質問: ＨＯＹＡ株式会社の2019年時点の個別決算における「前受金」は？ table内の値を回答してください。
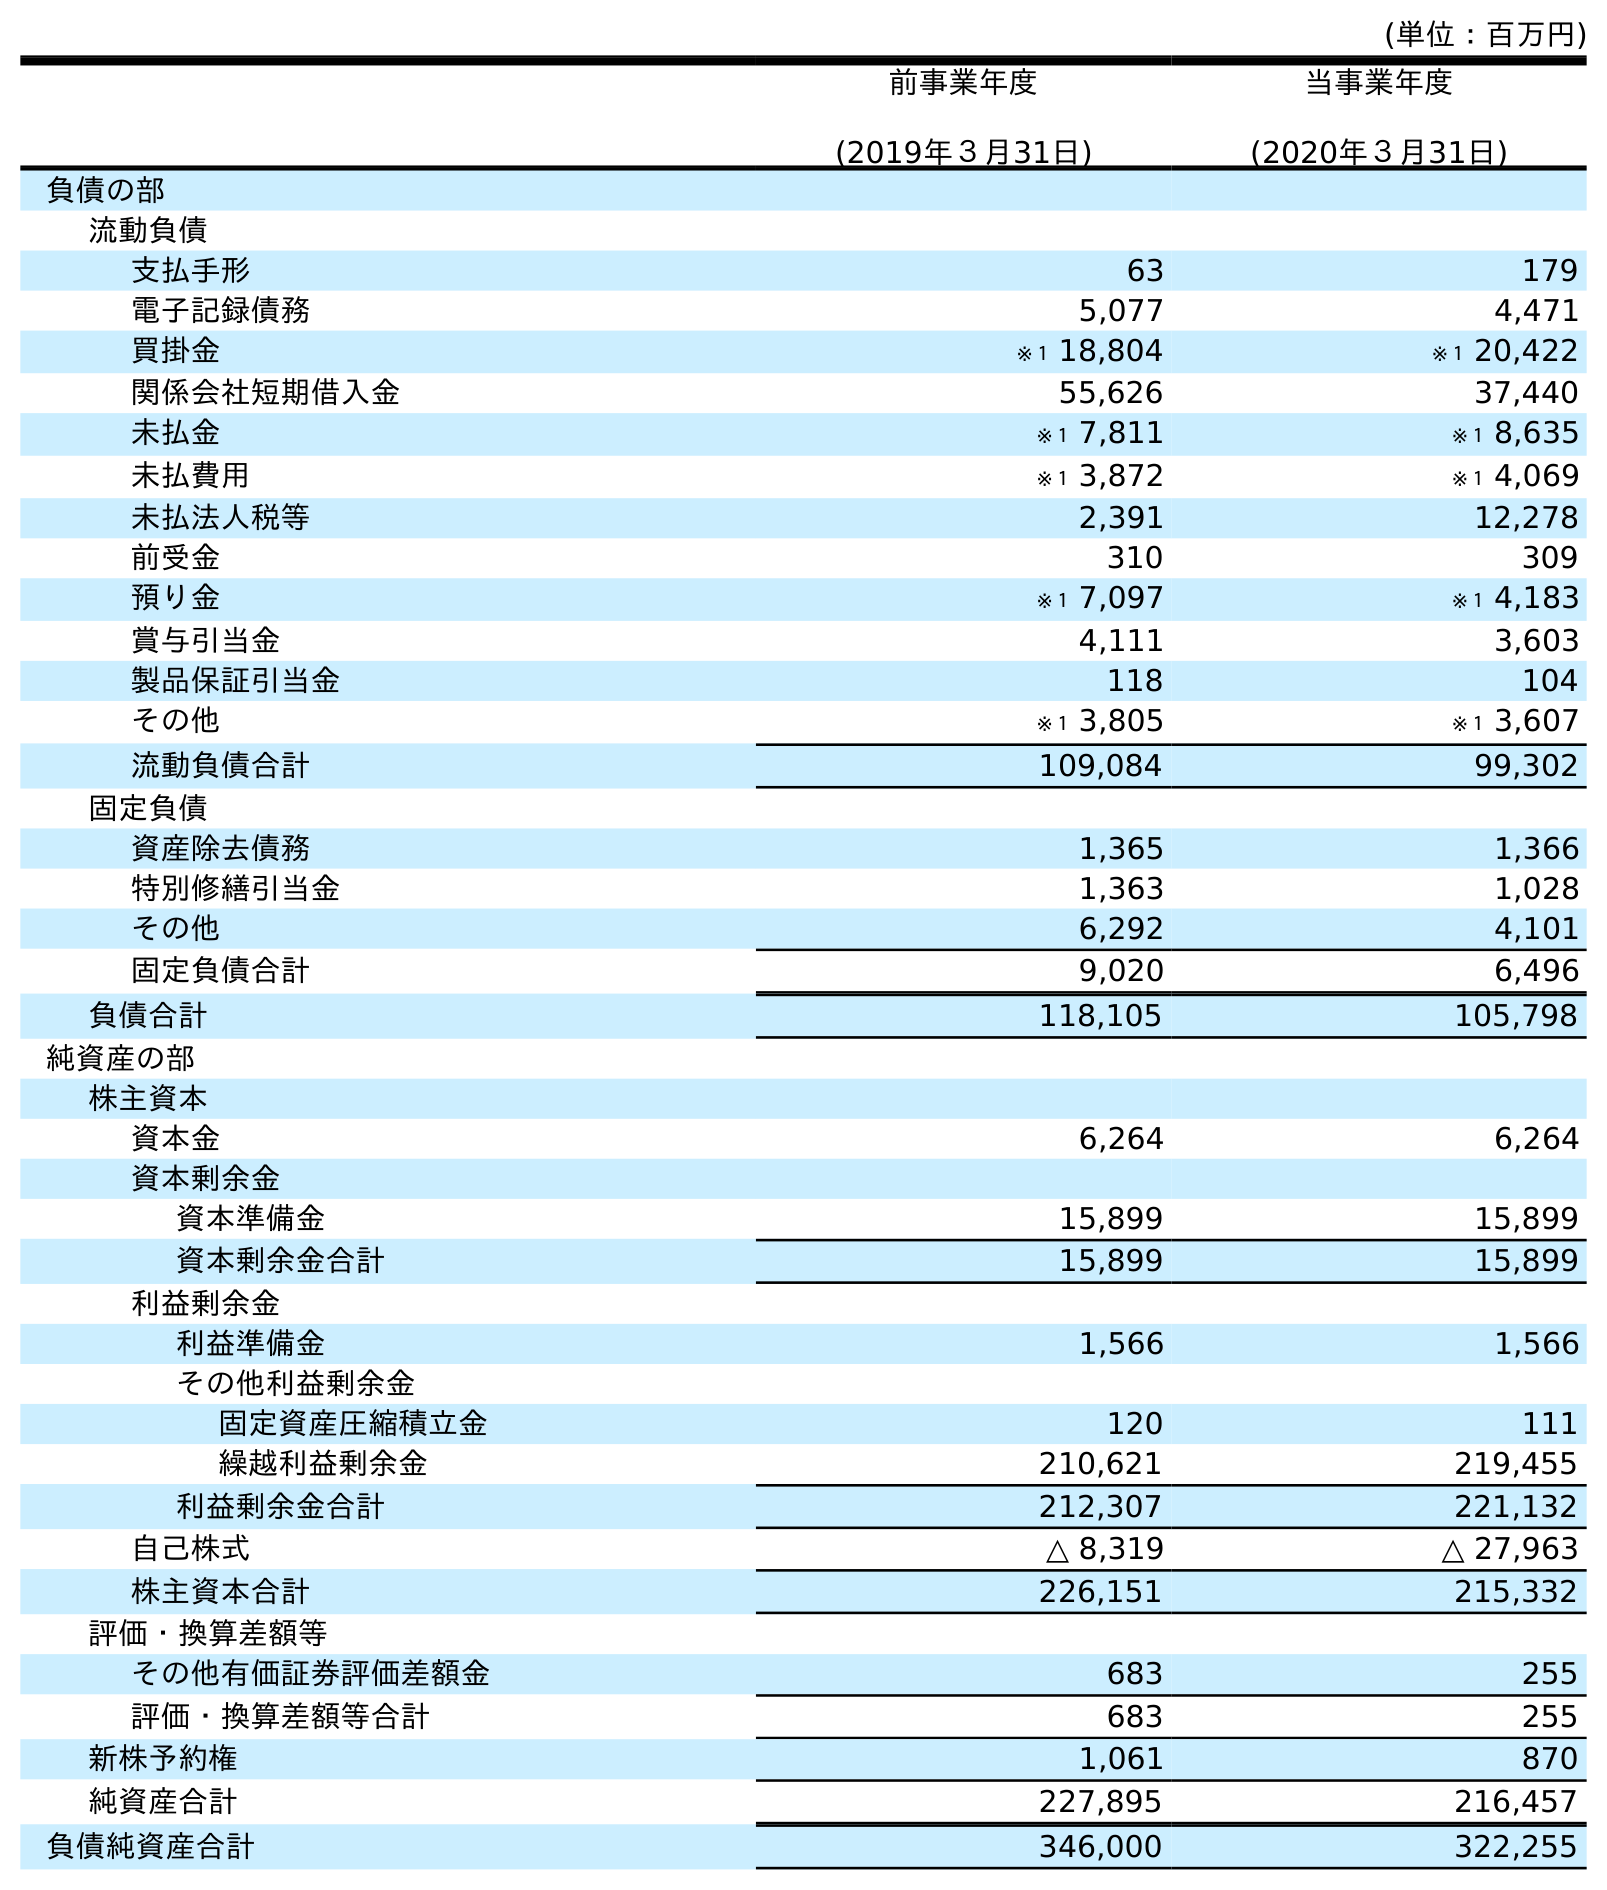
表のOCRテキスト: (単位：百万円) 前事業年度 (2019年３月31日) 当事業年度 (2020年３月31日) 負債の部 流動負債 支払手形 63 179 電子記録債務 5,077 4,471 買掛金 ※１ 18,804 ※１ 20,422 関係会社短期借入金 55,626 37,440 未払金 ※１ 7,811 ※１ 8,635 未払費用 ※１ 3,872 ※１ 4,069 未払法人税等 2,391 12,278 前受金 310 309 預り金 ※１ 7,097 ※１ 4,183 賞与引当金 4,111 3,603 製品保証引当金 118 104 その他 ※１ 3,805 ※１ 3,607 流動負債合計 109,084 99,302 固定負債 資産除去債務 1,365 1,366 特別修繕引当金 1,363 1,028 その他 6,292 4,101 固定負債合計 9,020 6,496 負債合計 118,105 105,798 純資産の部 株主資本 資本金 6,264 6,264 資本剰余金 資本準備金 15,899 15,899 資本剰余金合計 15,899 15,899 利益剰余金 利益準備金 1,566 1,566 その他利益剰余金 固定資産圧縮積立金 120 111 繰越利益剰余金 210,621 219,455 利益剰余金合計 212,307 221,132 自己株式 △ 8,319 △ 27,963 株主資本合計 226,151 215,332 評価・換算差額等 その他有価証券評価差額金 683 255 評価・換算差額等合計 683 255 新株予約権 1,061 870 純資産合計 227,895 216,457 負債純資産合計 346,000 322,255
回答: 310